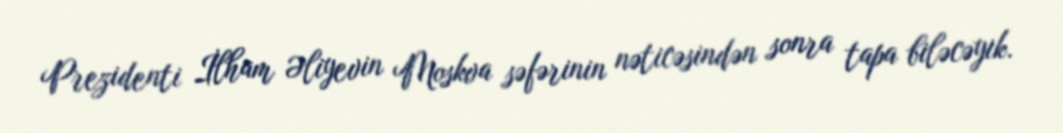
Prezidenti İlham Əliyevin Moskva səfərinin nəticəsindən sonra tapa biləcəyik.